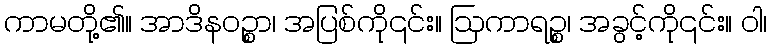
ကာမတို့၏။ အာဒိနဝဉ္စာ၊ အပြစ်ကို၎င်း။ ဩကာရဉ္စ၊ အခွင့်ကို၎င်း။ ဝါ၊